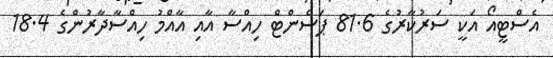
އެސްޓީއޯ އަކީ ސަރުކާރުގެ 81.6 ޕަސެންޓް ހިއްސާ އާއި އާއްމު ހިއްސާދާރުންގެ 18.4